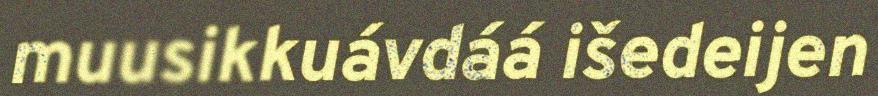
muusikkuávdáá išedeijen